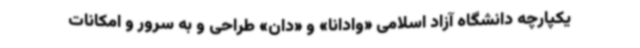
یکپارچه دانشگاه آزاد اسلامی «وادانا» و «دان» طراحی و به سرور و امکانات